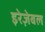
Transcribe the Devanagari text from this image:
इरेज़ेबल